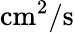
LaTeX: \mathrm{cm^{2}/s}